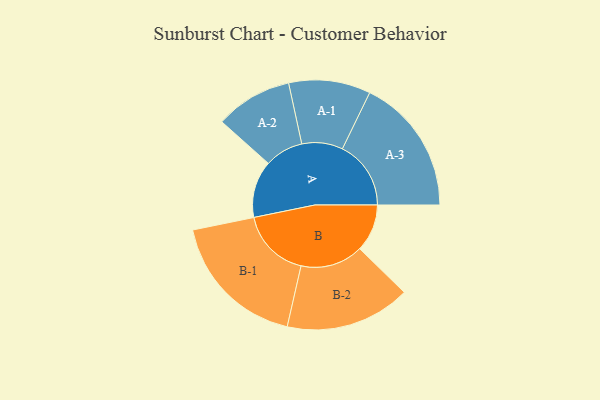
{"axis": {"x": "Segment", "y": "Value"}, "legend": ["", "A", "B"], "data": [{"x": "A", "y": 173, "type": ""}, {"x": "B", "y": 144, "type": ""}, {"x": "A-1", "y": 124, "type": "A"}, {"x": "A-2", "y": 117, "type": "A"}, {"x": "A-3", "y": 208, "type": "A"}, {"x": "B-1", "y": 213, "type": "B"}, {"x": "B-2", "y": 190, "type": "B"}]}